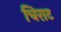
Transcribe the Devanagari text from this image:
चिराट